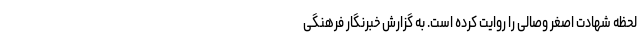
لحظه شهادت اصغر وصالی را روایت کرده است. به گزارش خبرنگار فرهنگی